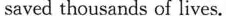
saved thousands of lives.